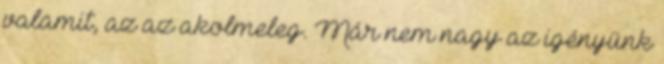
valamit, az az akolmeleg. Már nem nagy az igényünk